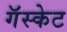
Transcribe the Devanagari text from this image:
गॅस्केट